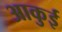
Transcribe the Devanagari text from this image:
आकुई